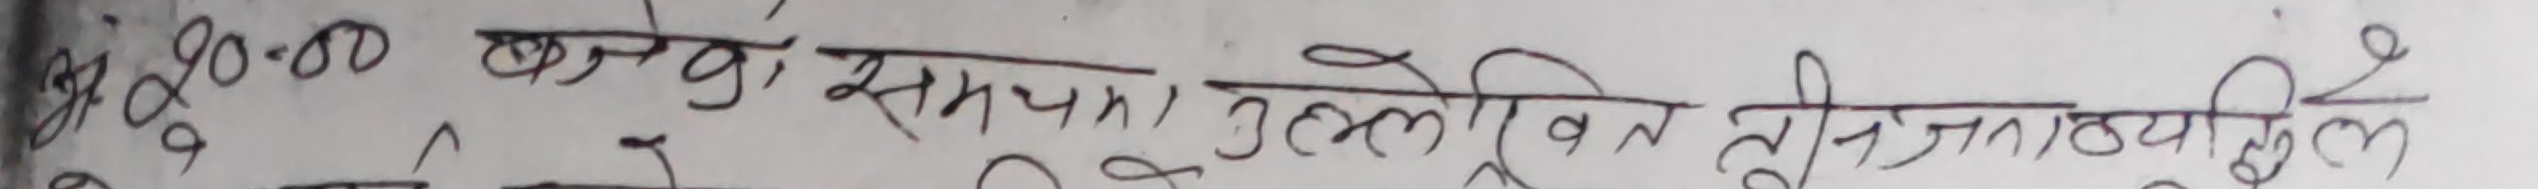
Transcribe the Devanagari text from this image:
३६. १०-२० कलेजको समया उल्लेखित तीन जातियाहरुले